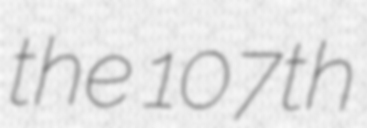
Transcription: the 107th